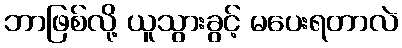
ဘာဖြစ်လို့ ယူသွားခွင့် မပေးရတာလဲ